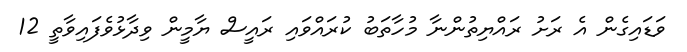
ވަޑައިގެން އެ ރަށު ރައްޔިތުންނާ މުހާތަބު ކުރައްވައި ރައީސް ޔާމީން ވިދާޅުވެފައިވާތީ 12